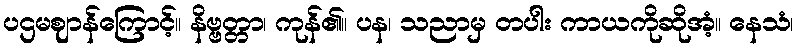
ပဌမဈာန်ကြောင့်။ နိဗ္ဗတ္တာ၊ ကုန်၏။ ပန၊ သညာမှ တပါး ကာယကိုဆိုအံ့။ နေသံ၊